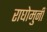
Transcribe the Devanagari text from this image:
राघोमुनी